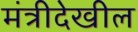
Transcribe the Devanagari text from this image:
मंत्रीदेखील